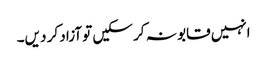
انہیں قابو نہ کر سکیں تو آزاد کر دیں۔